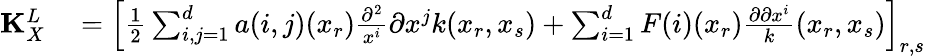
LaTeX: \begin{array}{rl}{\mathbf{K}_{X}^{L}}&{{}=\left[\frac{1}{2}\sum_{i,j=1}^{d}a(i,j)(x_{r})\frac{\partial^{2}}{x^{i}}{\partial x^{j}}k(x_{r},x_{s})+\sum_{i=1}^{d}F(i)(x_{r})\frac{\partial\partial x^{i}}k(x_{r},x_{s})\right]_{r,s}}\end{array}